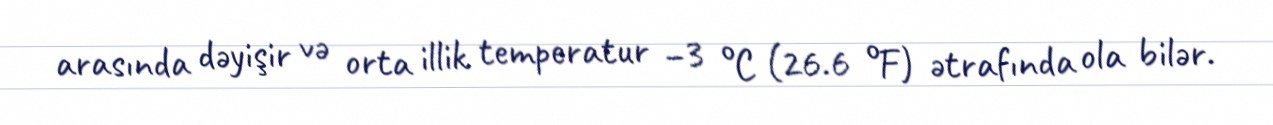
arasında dəyişir və orta illik temperatur −3 °C (26.6 °F) ətrafında ola bilər.